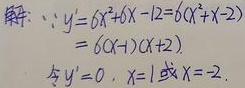
解：\(\because y' = 6x^{2}+6x - 12 = 6(x^{2}+x - 2)\)
\(= 6(x - 1)(x + 2)\).
令\(y' = 0\)，\(x = 1或x = - 2\).